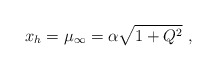
\begin{align*}x_h = \mu_{\infty} = \alpha \sqrt{1+Q^2}\ , \end{align*}